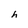
Character: h